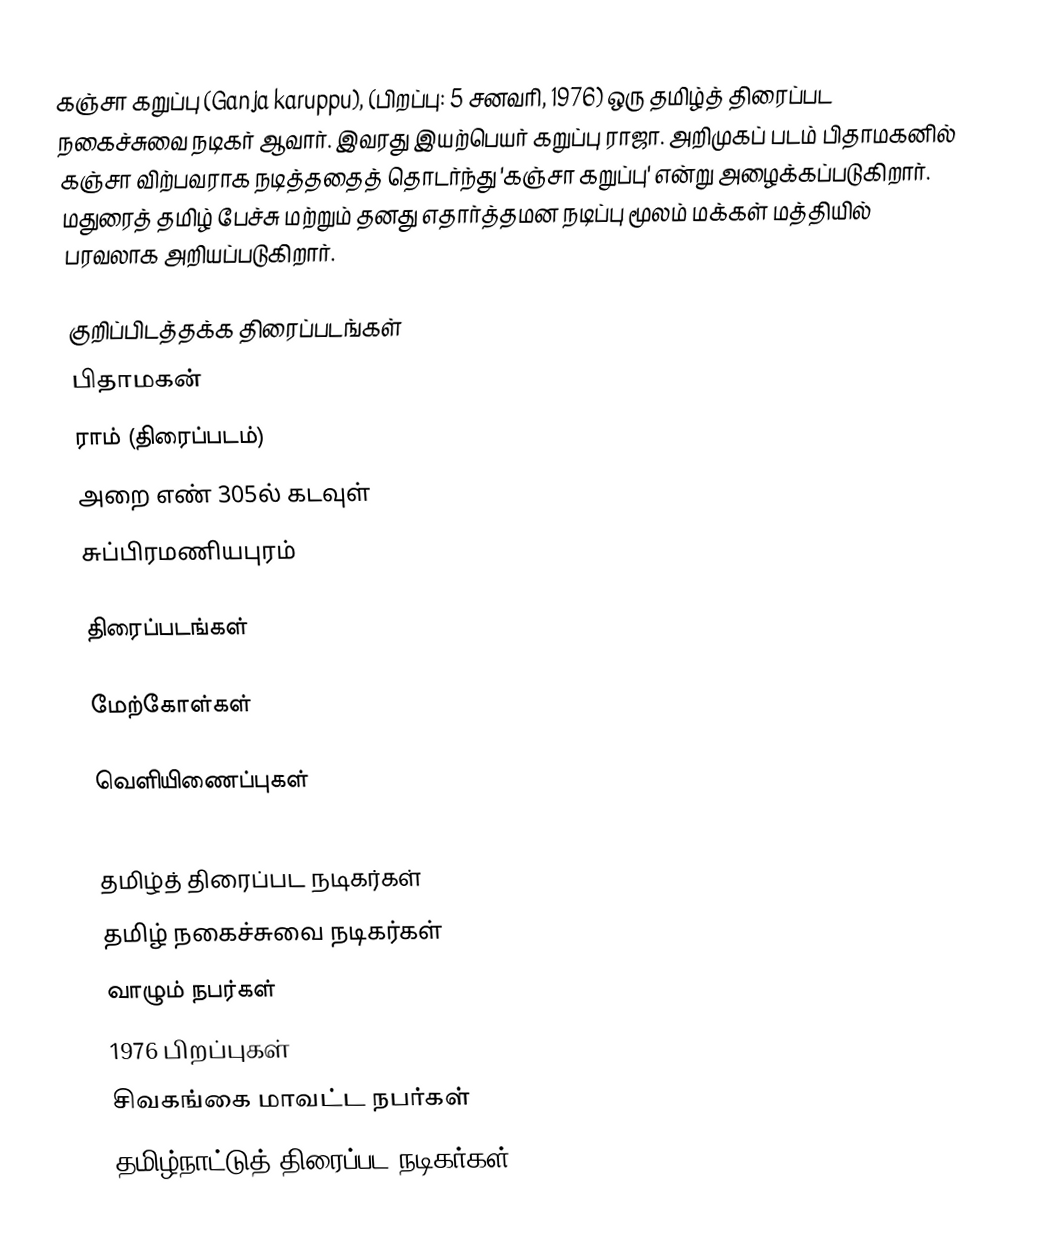
கஞ்சா கறுப்பு (Ganja karuppu), (பிறப்பு: 5 சனவரி, 1976) ஒரு தமிழ்த் திரைப்பட நகைச்சுவை நடிகர் ஆவார். இவரது இயற்பெயர் கறுப்பு ராஜா. அறிமுகப் படம் பிதாமகனில் கஞ்சா விற்பவராக நடித்ததைத் தொடர்ந்து 'கஞ்சா கறுப்பு' என்று அழைக்கப்படுகிறார். மதுரைத் தமிழ் பேச்சு மற்றும் தனது எதார்த்தமன நடிப்பு மூலம் மக்கள் மத்தியில் பரவலாக அறியப்படுகிறார்.

குறிப்பிடத்தக்க திரைப்படங்கள்
 பிதாமகன்
 ராம் (திரைப்படம்)
 அறை எண் 305ல் கடவுள்
 சுப்பிரமணியபுரம்

திரைப்படங்கள்

மேற்கோள்கள்

வெளியிணைப்புகள்

தமிழ்த் திரைப்பட நடிகர்கள்
தமிழ் நகைச்சுவை நடிகர்கள்
வாழும் நபர்கள்
1976 பிறப்புகள்
சிவகங்கை மாவட்ட நபர்கள்
தமிழ்நாட்டுத் திரைப்பட நடிகர்கள்